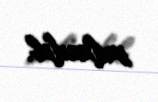
saxlanılıb.